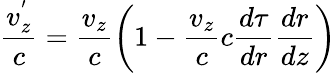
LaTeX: \frac{v_{z}^{'}}{c}=\frac{v_{z}}{c}\bigg(1-\frac{v_{z}}{c}c\frac{d\tau}{dr}\frac{dr}{dz}\bigg)